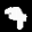
Label: 7